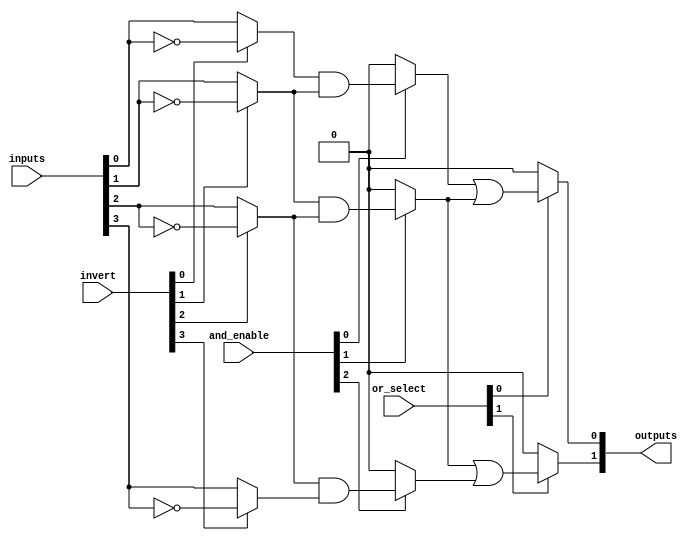
module GPAL #(
    parameter NUM_INPUTS = 4,          // Number of inputs
    parameter NUM_AND_GATES = 4,       // Number of AND gates
    parameter NUM_OR_GATES = 2          // Number of OR gates
)(
    input wire [NUM_INPUTS-1:0] inputs, // Input signals
    input wire [NUM_INPUTS-1:0] invert, // Control signals for input inversion
    input wire [NUM_AND_GATES-1:0] and_enable, // Enable signals for AND gates
    input wire [NUM_OR_GATES-1:0] or_select,    // Select signals for OR gates
    output wire [NUM_OR_GATES-1:0] outputs // Output signals
);

    // Intermediate wires for AND gate outputs
    wire [NUM_AND_GATES-1:0] and_out;

    // Input stage with optional NOT gates
    wire [NUM_INPUTS-1:0] processed_inputs;
    genvar i;
    generate
        for (i = 0; i < NUM_INPUTS; i = i + 1) begin : input_stage
            assign processed_inputs[i] = (invert[i]) ? ~inputs[i] : inputs[i];
        end
    endgenerate

    // AND Plane: Combinational logic generation
    generate
        for (i = 0; i < NUM_AND_GATES; i = i + 1) begin : and_plane
            // Example: Each AND gate can be programmed to use certain inputs
            // For demonstration, we will connect inputs arbitrarily; replace with your logic
            assign and_out[i] = and_enable[i] ? (processed_inputs[i % NUM_INPUTS] & processed_inputs[(i + 1) % NUM_INPUTS]) : 1'b0; // AND logic
        end
    endgenerate

    // OR Plane: Combination of AND outputs to produce final outputs
    generate
        for (i = 0; i < NUM_OR_GATES; i = i + 1) begin : or_plane
            // Example: Each OR gate can sum certain AND outputs
            assign outputs[i] = or_select[i] ? (and_out[i] | and_out[(i + 1) % NUM_AND_GATES]) : 1'b0; // OR logic
        end
    endgenerate

endmodule